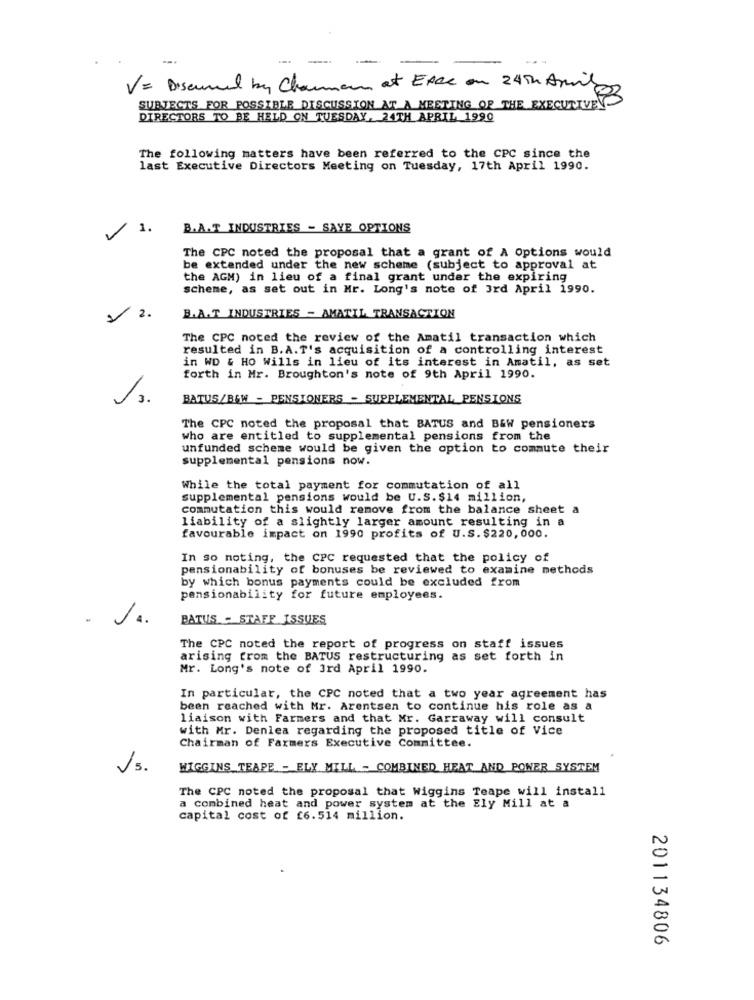
- -
V= Discumed by Charman at EACC on 24Th April
SUBJECTS FOR POSSIBLE DISCUSSION AT A MEETING OF THE EXECUTIVEN-
DIRECTORS TO BE HELD ON TUESDAY, 24TH APRIL 1990
The following matters have been referred to the CPC since the
last Executive Directors Meeting on Tuesday, 17th April 1990.
1.
B.A.T INDUSTRIES - SAYE OPTIONS
The CPC noted the proposal that a grant of A Options would
be extended under the new scheme (subject to approval at
the AGM) in lieu of a final grant under the expiring
scheme, as set out in Mr. Long's note of 3rd April 1990.
/2.
B.A.T INDUSTRIES - AMATIL TRANSACTION
The CPC noted the review of the Amatil transaction which
resulted in B.A.T's acquisition of a controlling interest
in WD & HO Wills in lieu of its interest in Amatil, as set
forth in Mr. Broughton's note of 9th April 1990.
13.
BATUS/B&W - PENSIONERS - SUPPLEMENTAL PENSIONS
The CPC noted the proposal that BATUS and B&W pensioners
who are entitled to supplemental pensions from the
unfunded scheme would be given the option to commute their
supplemental pensions now.
While the total payment for commutation of all
supplemental pensions would be U.S. $14 million,
commutation this would remove from the balance sheet a
liability of a slightly larger amount resulting in a
favourable impact on 1990 profits of U.S. $220,000.
In so noting, the CPC requested that the policy of
pensionability of bonuses be reviewed to examine methods
by which bonus payments could be excluded from
pensionability for future employees.
BATUS - STAFF ISSUES
The CPC noted the report of progress on staff issues
arising from the BATUS restructuring as set forth in
Mr. Long's note of 3rd April 1990.
In particular, the CPC noted that a two year agreement has
been reached with Mr. Arentsen to continue his role as a
liaison with Farmers and that Mr. Garraway will consult
with Mr. Denlea regarding the proposed title of Vice
Chairman of Farmers Executive Committee.
Js.
WIGGINS TEAPE - ELY MILL - COMBINED HEAT AND POWER SYSTEM
The CPC noted the proposal that Wiggins Teape will install
a combined heat and power system at the Ely Mill at a
capital cost of £6.514 million.
201134806